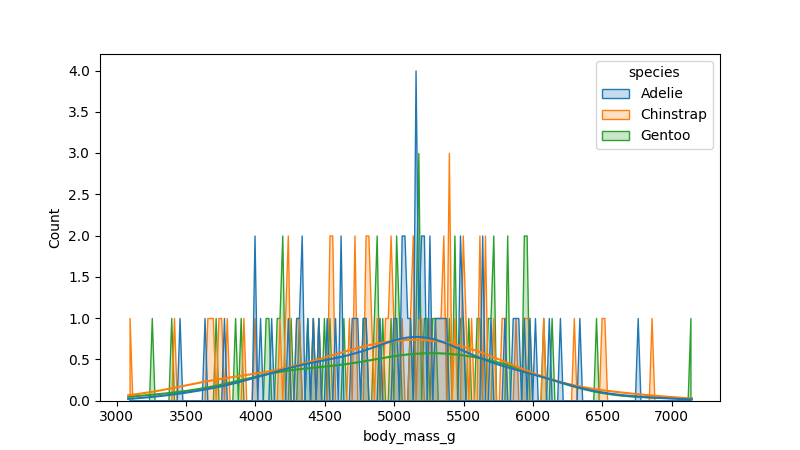
python, seaborn, histplot, hue='species', binwidth=20, bins='auto', element='poly'